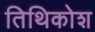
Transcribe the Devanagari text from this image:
तिथिकोश